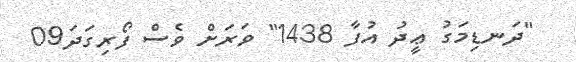
"ދަނޑިމަގު ޢީދު އުފާ 1438" ވަރަށް ވެސް ފޯރިގަދަ09